system: You are a helpful assistant.
user:
Analyze the provided spectrum to determine if it is a **M-type Giant (gM)**.

A M-type Giant spectrum is defined by its **strong molecular absorption** features, particularly from **Titanium Oxide (TiO)**. You must check for one of the following mutually exclusive signatures:

- **Key Visual Indicators (Absorption-Dominated Spectrum):**

    - **(Primary):** The spectrum is dominated by strong molecular absorption from **Titanium Oxide (TiO)**. This is the **defining feature** of its M-type temperature class.
        - **(Key Bandheads):** Look for sharp, "saw-tooth" absorption valleys. The strongest are located near **~7050 Å**, **~6160 Å**, and **~5170 Å**.
        - **(Line Profile):** The "saw-tooth" morphology is critical: a **sharp, steep drop on the BLUE (short-wavelength) side** of the bandhead, followed by a gradual recovery (rising flux) towards the RED (long-wavelength) side.

    - **(Key Confirmation - Giant vs. Dwarf):** **ABSENCE** of strong **Calcium Hydride (CaH)** molecular bands. This is the primary diagnostic for *excluding* M-dwarfs.
        - **(Key Region):** The spectrum should lack the strong, broad absorption band seen in dwarfs between **~6800 Å and ~7000 Å**.

    - **(Secondary Confirmation - Giant):** A very strong and broad **Neutral Calcium (Ca I)** atomic absorption line.
        - **(Key Line):** Located at **~4226 Å**. In a giant (gM), this line is significantly deeper and broader than the same line in an M-dwarf (dM) due to low surface gravity.

    - **(Overall Spectrum):**
        - The continuum is **extremely red-sloping** (i.e., flux is very low in the blue and rises dramatically towards the red).
        - The entire spectrum appears "chopped up" by the deep TiO bands.

Think first, call **spectral_visualization_tool** if needed to examine features in detail, then provide your final answer. Your response must adhere to the following strict rules:
1.  **Overall Structure:** Your response must follow the format `<think>...</think> <tool_call>...</tool_call> (if a tool is used) <answer>...</answer>`.
2.  **Tool Usage Constraint:** You may only make **one** tool call per turn.
3.  **Final Answer Format:** In the `<answer>` tag, your conclusion must be inside a `\boxed{}` command (e.g., `\boxed{YES}` or `\boxed{NO}`), followed by your justification.

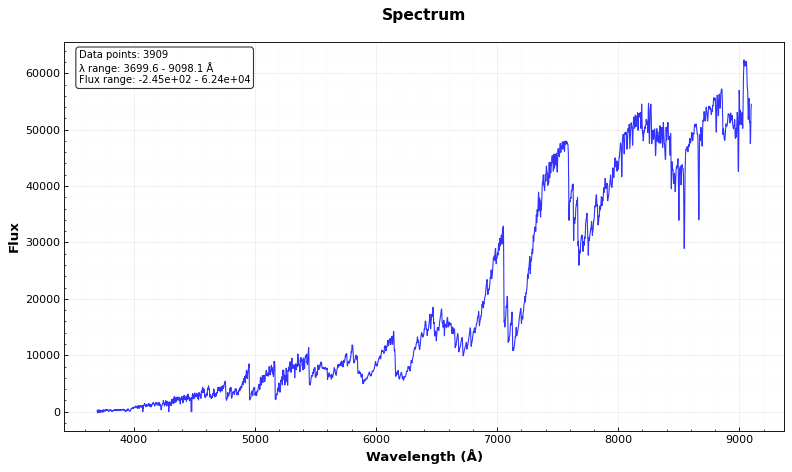
Answer: YES